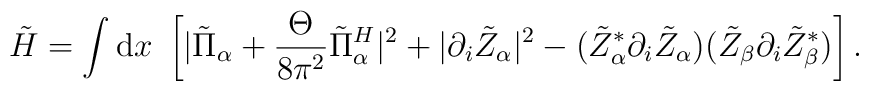
\tilde{H}=\int {\rm d}x~\left[|\tilde{\Pi}_{\alpha}+\frac{\Theta}{8\pi^{2}}\tilde{\Pi}_{\alpha}^{H}|^{2}+|\partial_{i}\tilde{Z}_{\alpha}|^{2}-(\tilde{Z}_{\alpha}^{*}\partial_{i}\tilde{Z}_{\alpha})(\tilde{Z}_{\beta}\partial_{i}\tilde{Z}_{\beta}^{*})\right].